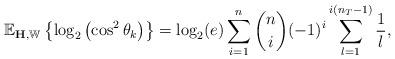
LaTeX: \begin{align*}\mathbb{E}_{\mathbf{H}, \mathbb{W}} \left \{ \log_2\left(\cos^2\theta_k \right)\right \} = \log_2(e) \sum_{i=1}^{n}\binom{n}{i}(-1)^{i}\sum_{l=1}^{i\left( n_T -1 \right)} \frac{1}{l},\end{align*}